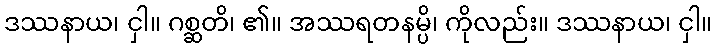
ဒဿနာယ၊ ငှါ။ ဂစ္ဆတိ၊ ၏။ အဿရတနမ္ပိ၊ ကိုလည်း။ ဒဿနာယ၊ ငှါ။